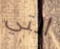
التي